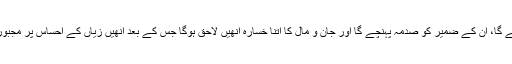
یہ تب ہوگا جب اُنھیں کاری زخم لگے گا، ان کے ضمیر کو صدمہ پہنچے گا اور جان و مال کا اتنا خسارہ انھیں لاحق ہوگا جس کے بعد انھیں زیاں کے اِحساس پر مجبور ہونا پڑے گا؛ لہٰذا اے مجاہدین حق!